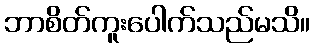
ဘာစိတ်ကူးပေါက်သည်မသိ။